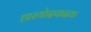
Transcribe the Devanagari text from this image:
हास्योदपादक